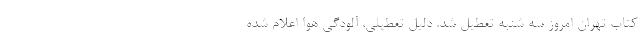
کتاب تهران امروز سه شنبه تعطیل شد. دلیل تعطیلی، آلودگی هوا اعلام شده